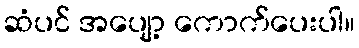
ဆံပင် အပျော့ ကောက်ပေးပါ။